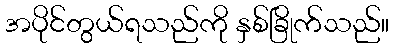
အပိုင်တွယ်ရသည်ကို နှစ်ခြိုက်သည်။